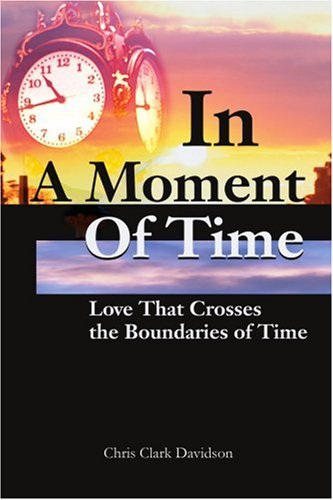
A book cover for In A Moment Of Time: Love That Crosses the Boundaries of Time; Chris Clark Davidson; Science Fiction & Fantasy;